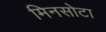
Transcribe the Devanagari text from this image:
मिनसोटा